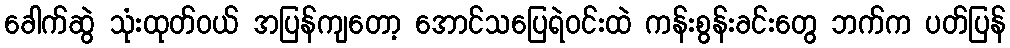
ခေါက်ဆွဲ သုံးထုတ်ဝယ် အပြန်ကျတော့ အောင်သပြေရဲဝင်းထဲ ကန်းစွန်းခင်းတွေ ဘက်က ပတ်ပြန်